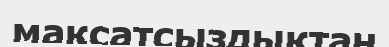
мақсатсыздықтан